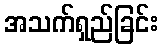
အသက်ရှည်ခြင်း